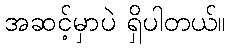
အဆင့်မှာပဲ ရှိပါတယ်။